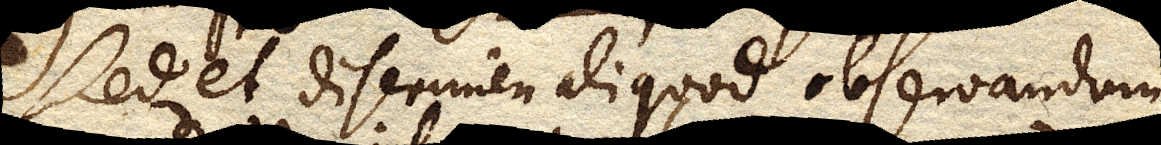
Sed et discrimen aliquod observandum